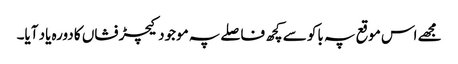
مجھے اس موقع پہ باکو سے کچھ فاصلے پہ موجود کیچڑ فشاں کا دورہ یاد آیا۔